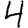
Digit: 4